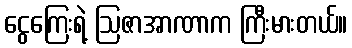
ငွေကြေးရဲ့ ဩဇာအာဏာက ကြီးမားတယ်။